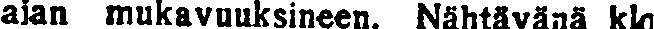
ajan mukavuuksineen. Nähtävänä klo